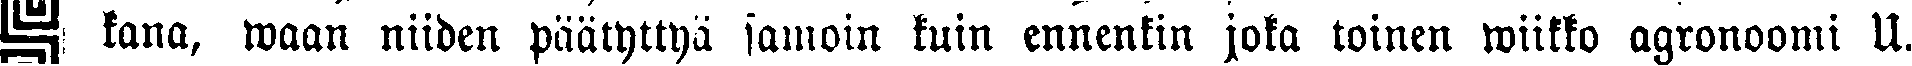
# kana, waan niiden päätyttyä samoin kuin ennenkin jota toinen wiikko agronoomi U.